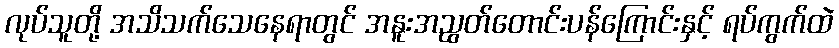
လုပ်သူတို့ အသိသက်သေနေရာတွင် အနူးအညွတ်တောင်းပန်ကြောင်းနှင့် ရပ်ကွက်ထဲ